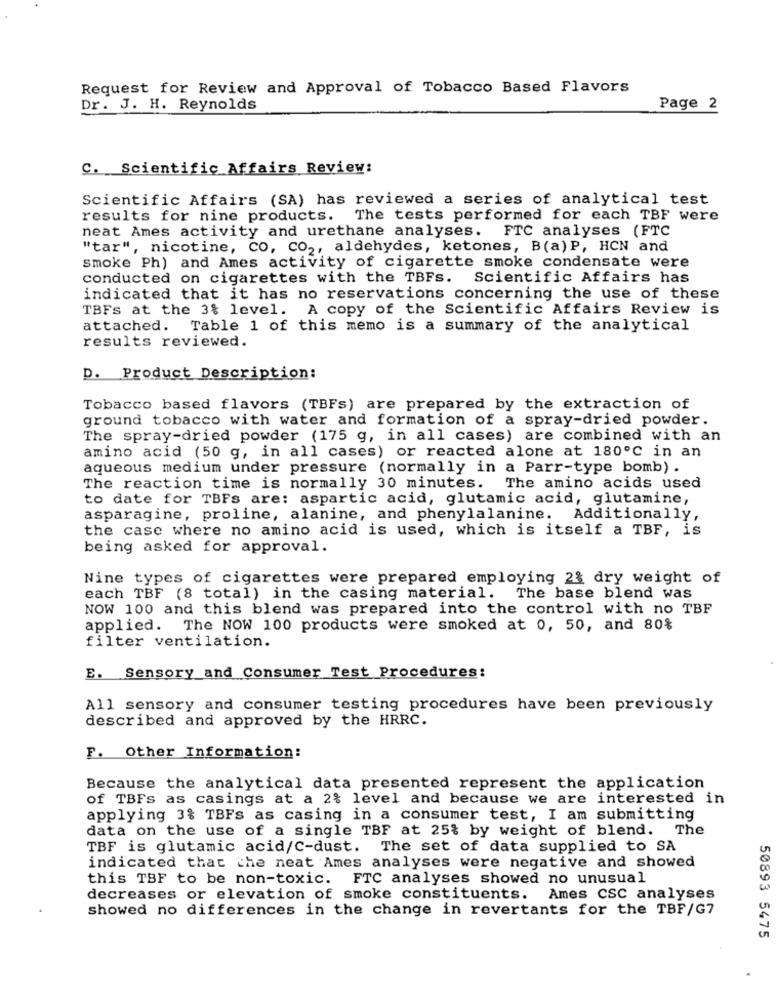
Request for Review and Approval of Tobacco Based Flavors
Dr. J. H. Reynolds
Page 2
C. Scientific Affairs Review:
Scientific Affairs (SA) has reviewed a series of analytical test
results for nine products. The tests performed for each TBF were
neat Ames activity and urethane analyses. FTC analyses (FTC
"tar", nicotine, CO, CO2, aldehydes, ketones, B(a) P, HCN and
smoke Ph) and Ames activity of cigarette smoke condensate were
conducted on cigarettes with the TBFs. Scientific Affairs has
indicated that it has no reservations concerning the use of these
TBFs at the 3% level. A copy of the Scientific Affairs Review is
attached. Table 1 of this memo is a summary of the analytical
results reviewed.
D. Product Description:
Tobacco based flavors (TBFs) are prepared by the extraction of
ground tobacco with water and formation of a spray-dried powder.
The spray-dried powder (175 g, in all cases) are combined with an
amino acid (50 g, in all cases) or reacted alone at 180º℃ in an
aqueous medium under pressure (normally in a Parr-type bomb) .
The reaction time is normally 30 minutes. The amino acids used
to date for TBFs are: aspartic acid, glutamic acid, glutamine,
asparagine, proline, alanine, and phenylalanine. Additionally,
the case where no amino acid is used, which is itself a TBF, is
being asked for approval.
Nine types of cigarettes were prepared employing 2& dry weight of
each TBF (8 total) in the casing material. The base blend was
NOW 100 and this blend was prepared into the control with no TBF
applied. The NOW 100 products were smoked at 0, 50, and 80%
filter ventilation.
E. Sensory and Consumer Test Procedures:
All sensory and consumer testing procedures have been previously
described and approved by the HRRC.
F. Other Information:
Because the analytical data presented represent the application
of TBFs as casings at a 2% level and because we are interested in
applying 3% TBFs as casing in a consumer test, I am submitting
data on the use of a single TBF at 25% by weight of blend. The
TBF is glutamic acid/C-dust. The set of data supplied to SA
indicated that the neat Ames analyses were negative and showed
this TBF to be non-toxic. FTC analyses showed no unusual
decreases or elevation of smoke constituents.
Ames csc analyses
showed no differences in the change in revertants for the TBF/G7
50893 5475